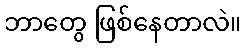
ဘာတွေ ဖြစ်နေတာလဲ။